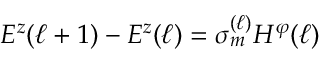
E ^ { z } ( \ell + 1 ) - E ^ { z } ( \ell ) = \sigma _ { m } ^ { ( \ell ) } H ^ { \varphi } ( \ell )